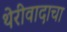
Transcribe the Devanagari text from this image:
थेरीवादाचा